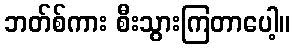
ဘတ်စ်ကား စီးသွားကြတာပေါ့။